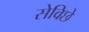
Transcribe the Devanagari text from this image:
सेविछे